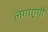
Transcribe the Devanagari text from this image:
लगाएगी